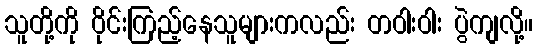
သူတို့ကို ဝိုင်းကြည့်နေသူများကလည်း တဝါးဝါး ပွဲကျလို့။